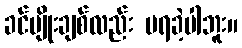
ခင်မျိုးချစ်လည်း မရခဲ့ပါဘူး။